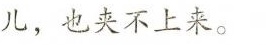
儿，也夹不上来。